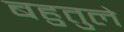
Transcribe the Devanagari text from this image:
बहुतुले